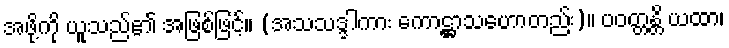
အဖို့ကို ယူသည်၏ အဖြစ်ဖြင့်။ (အသသဒ္ဒါကား ကောဋ္ဌာသဟောတည်း)။ ပဝတ္တန္တိ ယထာ၊